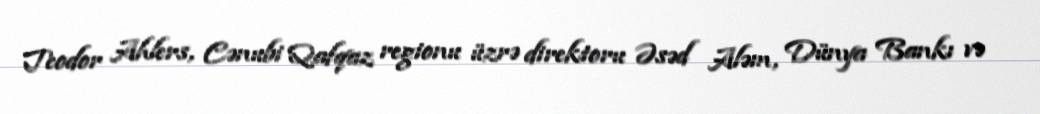
Teodor Ahlers, Cənubi Qafqaz regionu üzrə direktoru Əsəd Aləm, Dünya Bankı və